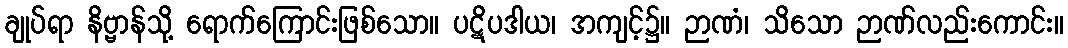
ချုပ်ရာ နိဗ္ဗာန်သို့ ရောက်ကြောင်းဖြစ်သော။ ပဋိပဒါယ၊ အကျင့်၌။ ဉာဏံ၊ သိသော ဉာဏ်လည်းကောင်း။